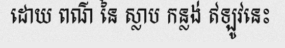
ដោយ ពណ៌ នៃ ស្លាប កន្លង់ ឥឡូវនេះ